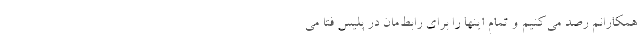
همکارانم رصد می‌کنیم و تمام اینها را برای رابط‌مان در پلیس فتا می